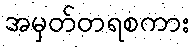
အမှတ်တရစကား